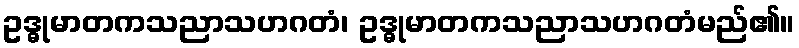
ဥဒ္ဓုမာတကသညာသဟဂတံ၊ ဥဒ္ဓုမာတကသညာသဟဂတံမည်၏။